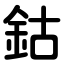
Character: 鈷